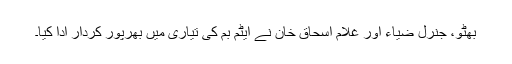
بھٹو، جنرل ضیاء اور غلام اسحاق خان نے ایٹم بم کی تیاری میں بھرپور کردار ادا کیا۔